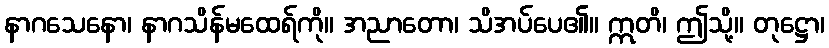
နာဂသေနော၊ နာဂသိန်မထေရ်ကို။ အညာတော၊ သိအပ်ပေ၏။ ဣတိ၊ ဤသို့။ တုဋ္ဌော၊